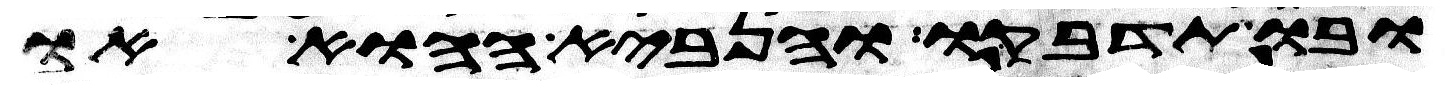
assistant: ובו תדבקו והנביא ההוא או